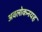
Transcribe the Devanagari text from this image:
अवलोकनयह